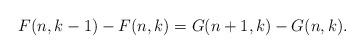
LaTeX: \begin{align*}F(n,k-1)-F(n,k)=G(n+1,k)-G(n,k).\end{align*}